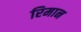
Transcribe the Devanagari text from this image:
रिमान